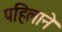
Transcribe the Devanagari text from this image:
पहिलाने